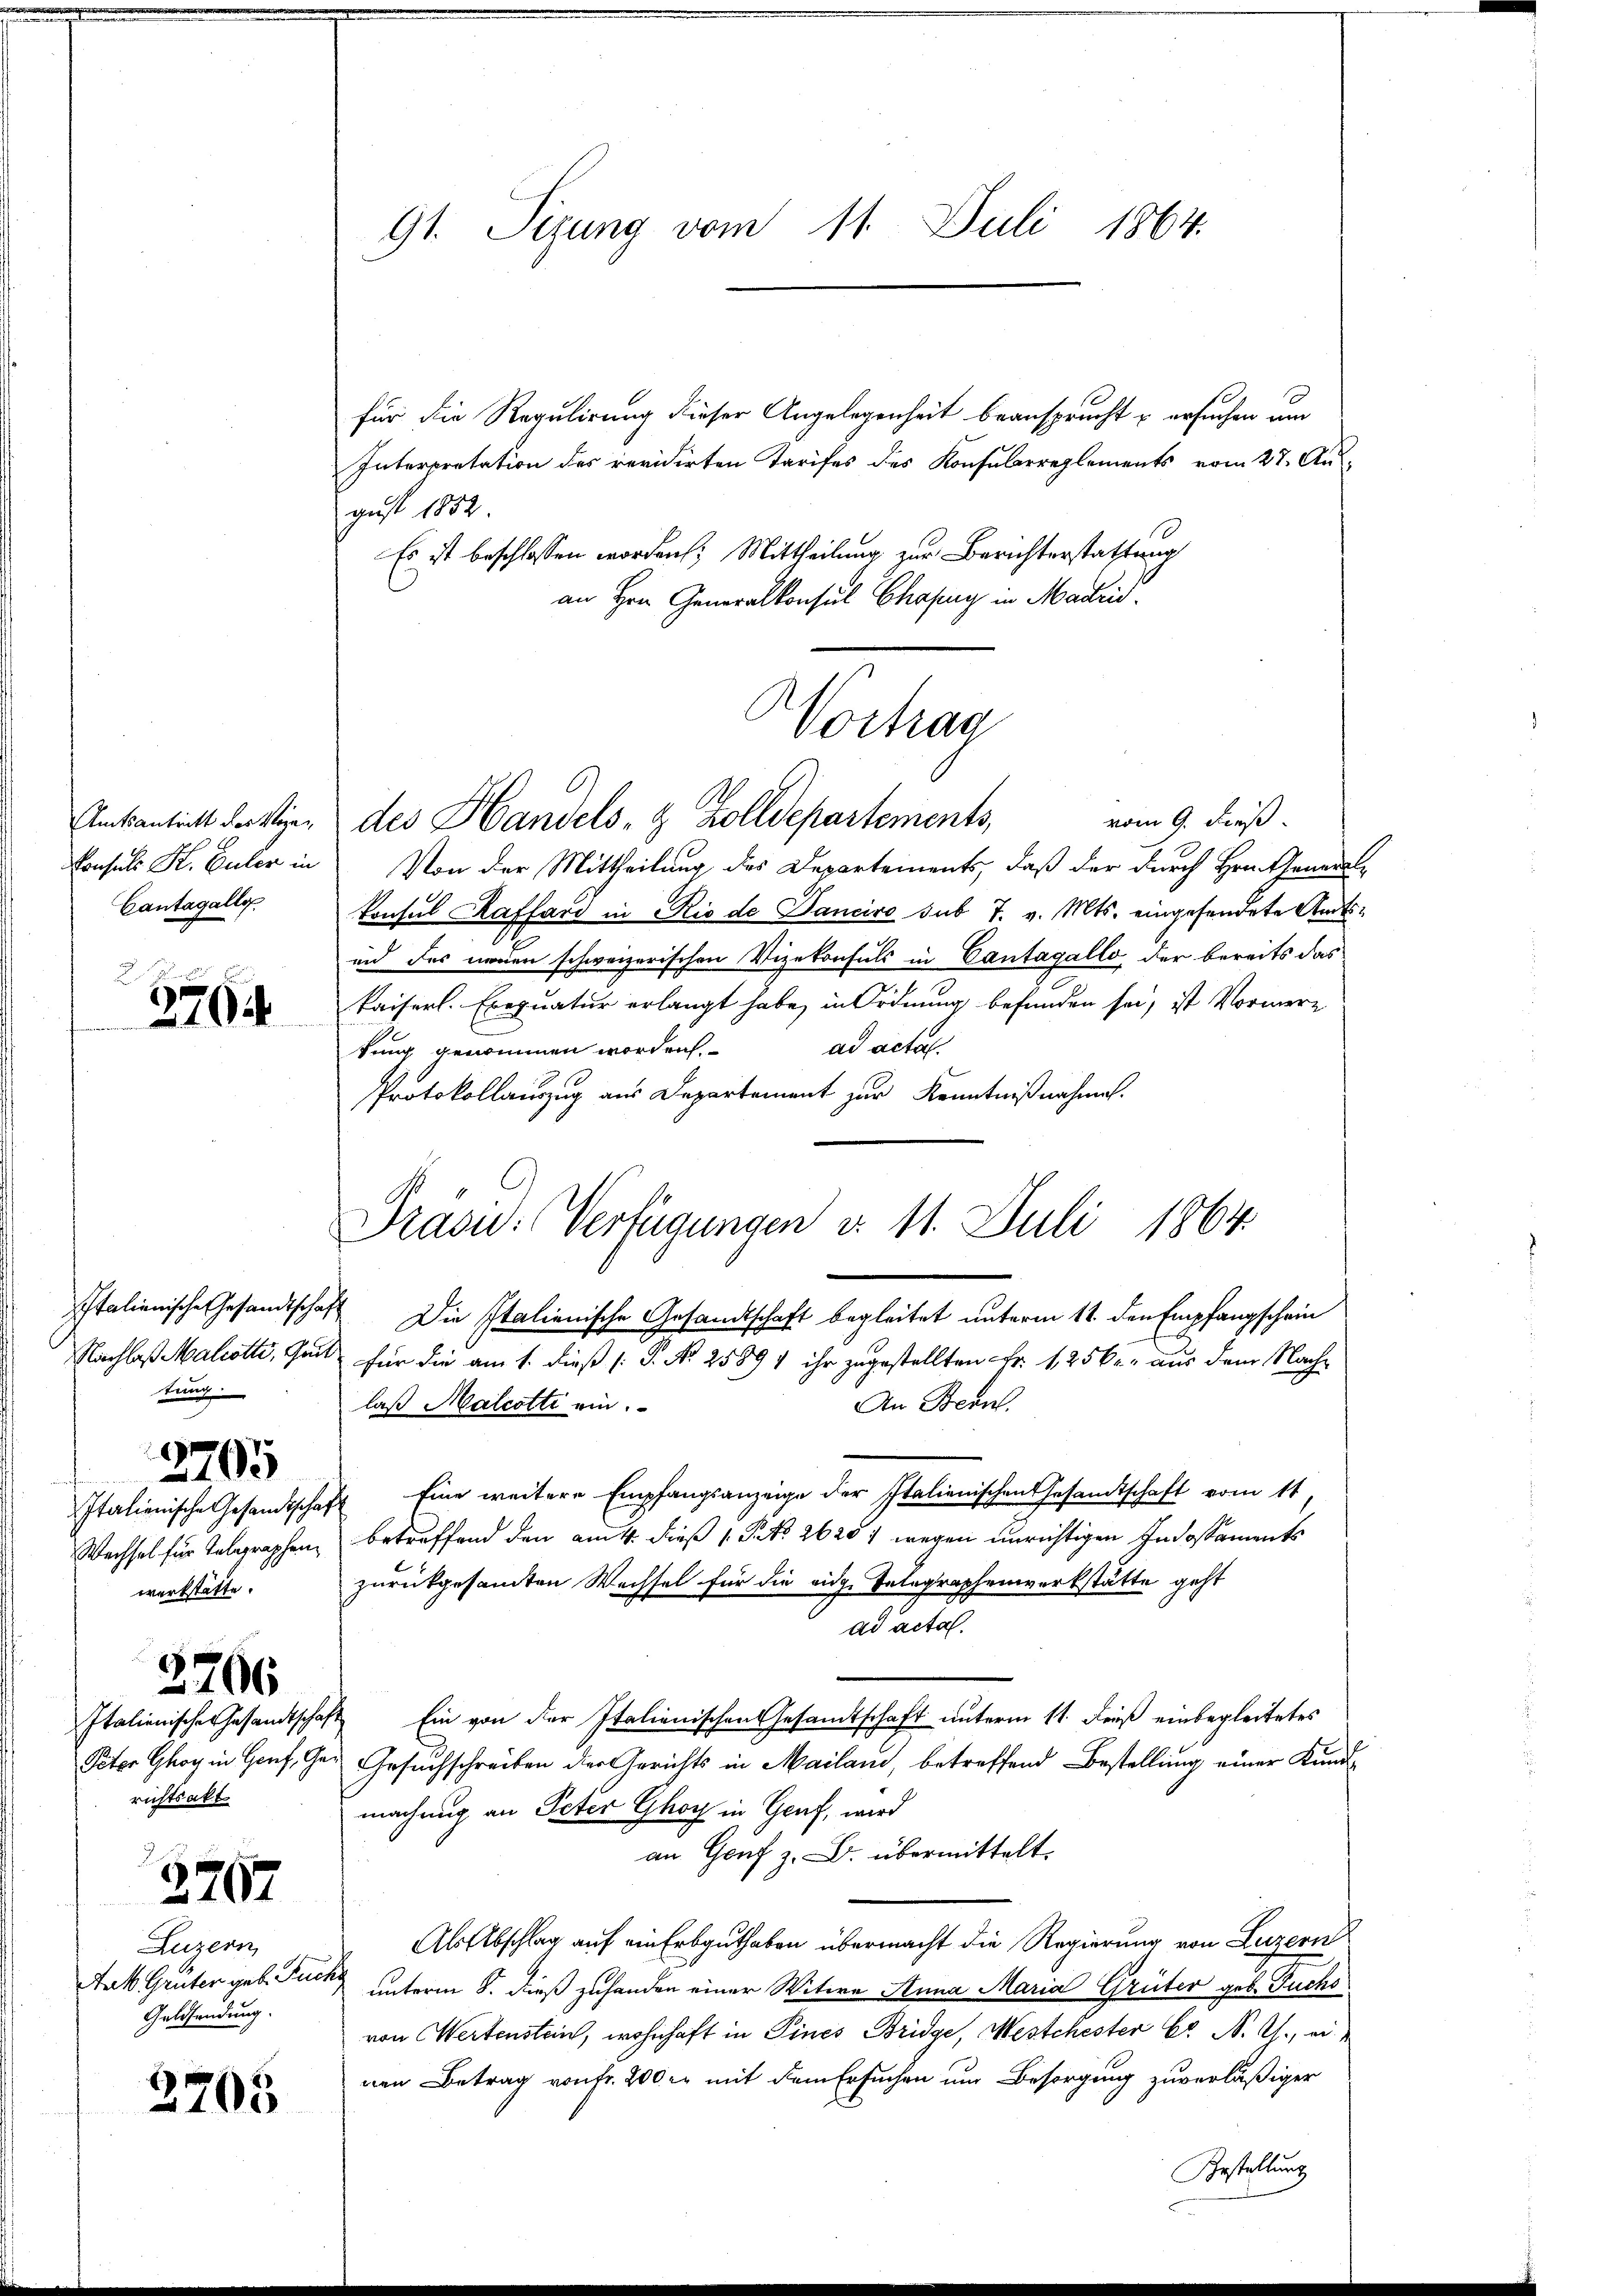
Amtsantritt des Wige¬
Konsuls K. Euler in
Cantagalle

n
2704

Italienische Gesandtscha
Nachlaß Malcotte, Gru
tung

2795

d
Italienische Gesandtscha¬
Wechsel für Telegraphenwerkstätte.

Italienisches Gesandtschaf
Peter Ghoy in Genf, Ge
richtsakt

3706

2767

Luzern
Jak. Grüter geb. Fuc
Geldsendung.

2705

91. Sezung vom 11. Juli 1864.

für die Regulirung dieser Angelegenheit beansprucht u ersuchen um
Interpretation des revidirten Tarifes des Konsularreglements vom 27. Aus
gust 1852.
Es ist beschlossen worden, Mittheilung zur Berichterstattung
an Hrn. Generalkonsul Chofug in Madrid.
vom 9. dieß.
des Handels- & Zolldepartements,
Von der Mittheilung des Departements, daß der durch Hrn. General¬
Konsul Kaffard in Rio de Dancire sub 7. v. Mts. eingesendete Amts¬
und des neuen schweizerischen Vizekonsuls in Cantagallo der bereits das
kaiserl. Exequatur erlangt habe in Ordnung befunden sei, ist Vormern
ad acta.
kung genommen worden.
Protokollauszug aus Departement zur Kenntnißnahmen.
 Die Italienische Gesandtschaft begleitet unterm 11. den Empfangschein
für die am 1. dieß P. Nr. 25894 ihr zugestellten Fr. 125 kr. aus dem Nachlaß Malcotti ein.
An Bern
 Eine weitere Empfangsanzeige der Italienischen Gesandtschaft vom 11
betreffend den am 4. dieß 1 Pkt. 26201 wegen unrichtigen Indossaments
zurückgesamten Wechsel für die eidg. Telegraphenwerkstätte geht
ad acta
 Ein von der Italienischen Gesandtschaft unterm 11. Feuß einbegleitetes
Gesuchschreiben der Gerichts in Mailand, betreffend Bestellung einer Kindmachung an Peter Ghoy in Genf, wird
an Genf z. B. übermittelt.
AlsElbschlag auf ein Erbguthaben übermacht die Regierung von Luzern
unterm 8. dieß zuhanden einer Witwe Anna Maria Grüter geb. Fuchs
von Wertenstein, wohnhaft in Pines Bridge, Mestchester br N. Ch., ei
nen Betrag von fr. 200 er mit dem Ersuchen um Besorgung zuverläßiger
Gestellung

Vortrag

Präsu: Verfügungen d. 11. Juli 1864.